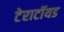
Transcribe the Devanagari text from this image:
टेराटॉयड